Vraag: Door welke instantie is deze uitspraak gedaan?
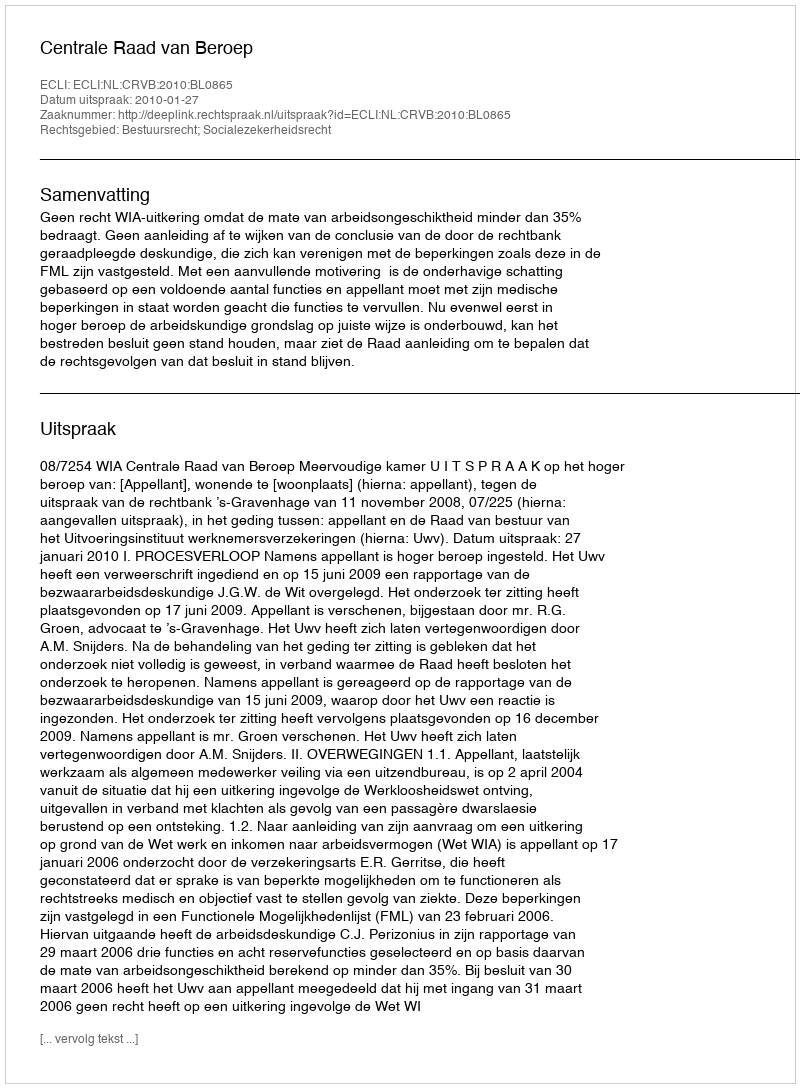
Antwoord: Centrale Raad van Beroep